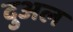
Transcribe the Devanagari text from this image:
दुअल